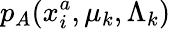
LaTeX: p_{A}(x_{i}^{a},\mu_{k},\Lambda_{k})